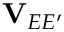
\mathbf { V } _ { E E ^ { \prime } }